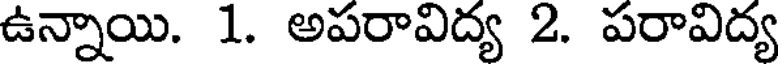
ఉన్నాయి. 1. అపరావిద్య 2. పరావిద్య